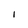
Character: I